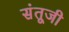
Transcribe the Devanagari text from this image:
संतूजी